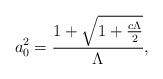
LaTeX: \begin{align*}a_{0}^{2}=\frac{1+\sqrt{1+\frac{c\Lambda }{2}}}{{\Lambda }},\end{align*}